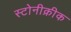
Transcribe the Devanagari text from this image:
स्टोनीक्रीक